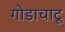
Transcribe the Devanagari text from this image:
गोडाचाटू